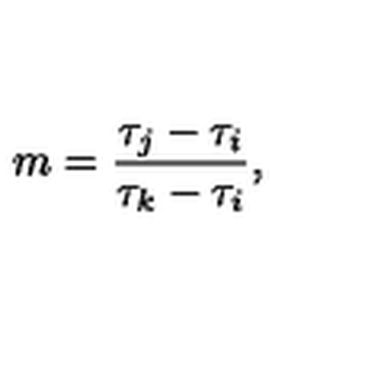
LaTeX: m = \frac { \tau _ { j } - \tau _ { i } } { \tau _ { k } - \tau _ { i } } ,